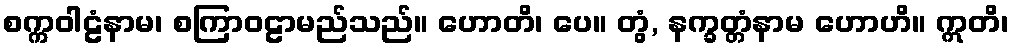
စက္ကဝါဠံနာမ၊ စကြာဝဠာမည်သည်။ ဟောတိ၊ ပေ။ တွံ, နက္ခတ္တံနာမ ဟောဟိ။ ဣတိ၊